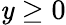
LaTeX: \mathit{y}\geq0